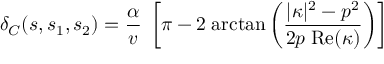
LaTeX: \delta _ { C } ( s , s _ { 1 } , s _ { 2 } ) = { \frac { \alpha } { v } } \; \left[ \pi - 2 \; \mathrm { a r c t a n } \left( { \frac { \vert \kappa \vert ^ { 2 } - p ^ { 2 } } { 2 p \; \mathrm { R e } ( \kappa ) } } \right) \right]